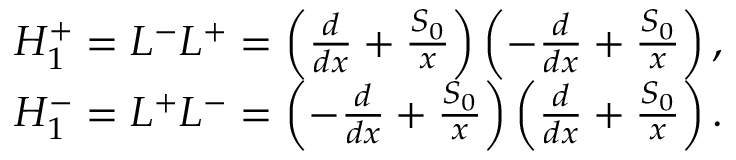
\begin{array} { r l } & { H _ { 1 } ^ { + } = L ^ { - } L ^ { + } = \left( \frac { d } { d x } + \frac { S _ { 0 } } { x } \right) \left( - \frac { d } { d x } + \frac { S _ { 0 } } { x } \right) , } \\ & { H _ { 1 } ^ { - } = L ^ { + } L ^ { - } = \left( - \frac { d } { d x } + \frac { S _ { 0 } } { x } \right) \left( \frac { d } { d x } + \frac { S _ { 0 } } { x } \right) . } \end{array}